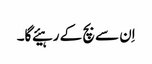
اِن سے بچ کے رہیئے گا۔